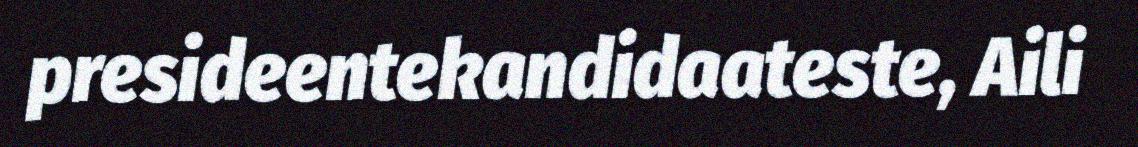
presideentekandidaateste, Aili